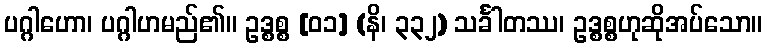
ပဂ္ဂါဟော၊ ပဂ္ဂါဟမည်၏။ ဥဒ္စစ္စ [၀၁] (နိ၊ ၃၃၂) သင်္ခါတဿ၊ ဥဒ္စစ္စဟုဆိုအပ်သော။